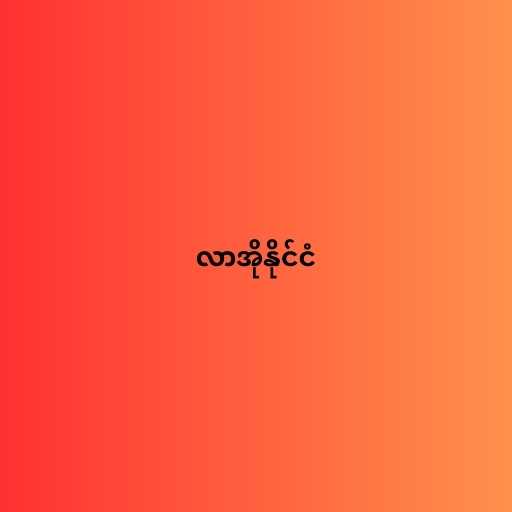
လာအိုနိုင်ငံ